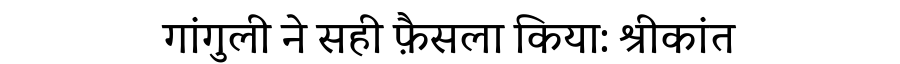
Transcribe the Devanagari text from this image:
गांगुली ने सही फ़ैसला किया: श्रीकांत